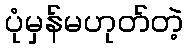
ပုံမှန်မဟုတ်တဲ့